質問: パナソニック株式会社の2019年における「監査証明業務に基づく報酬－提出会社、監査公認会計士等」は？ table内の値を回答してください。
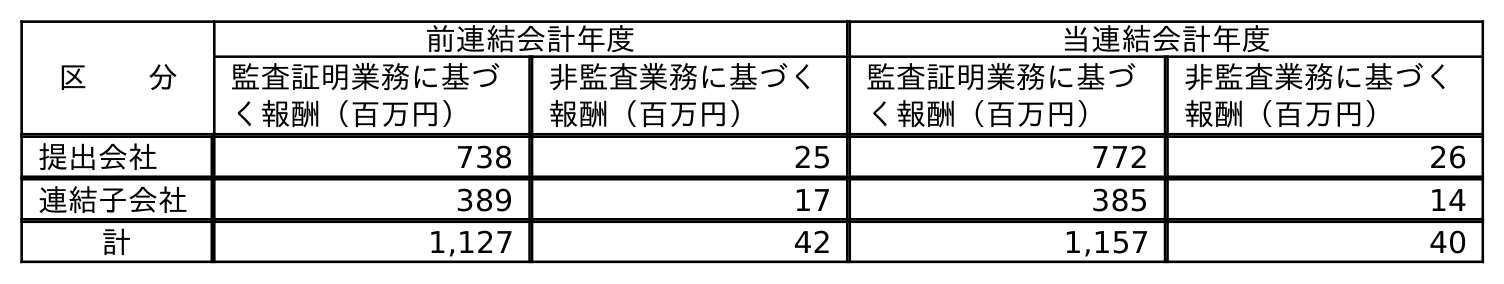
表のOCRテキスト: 区  分 前連結会計年度 当連結会計年度 監査証明業務に基づ く報酬（百万円） 非監査業務に基づく 報酬（百万円） 監査証明業務に基づ く報酬（百万円） 非監査業務に基づく 報酬（百万円） 提出会社 738 25 772 26 連結子会社 389 17 385 14 計 1,127 42 1,157 40
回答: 738